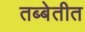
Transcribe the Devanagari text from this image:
तब्बेतीत